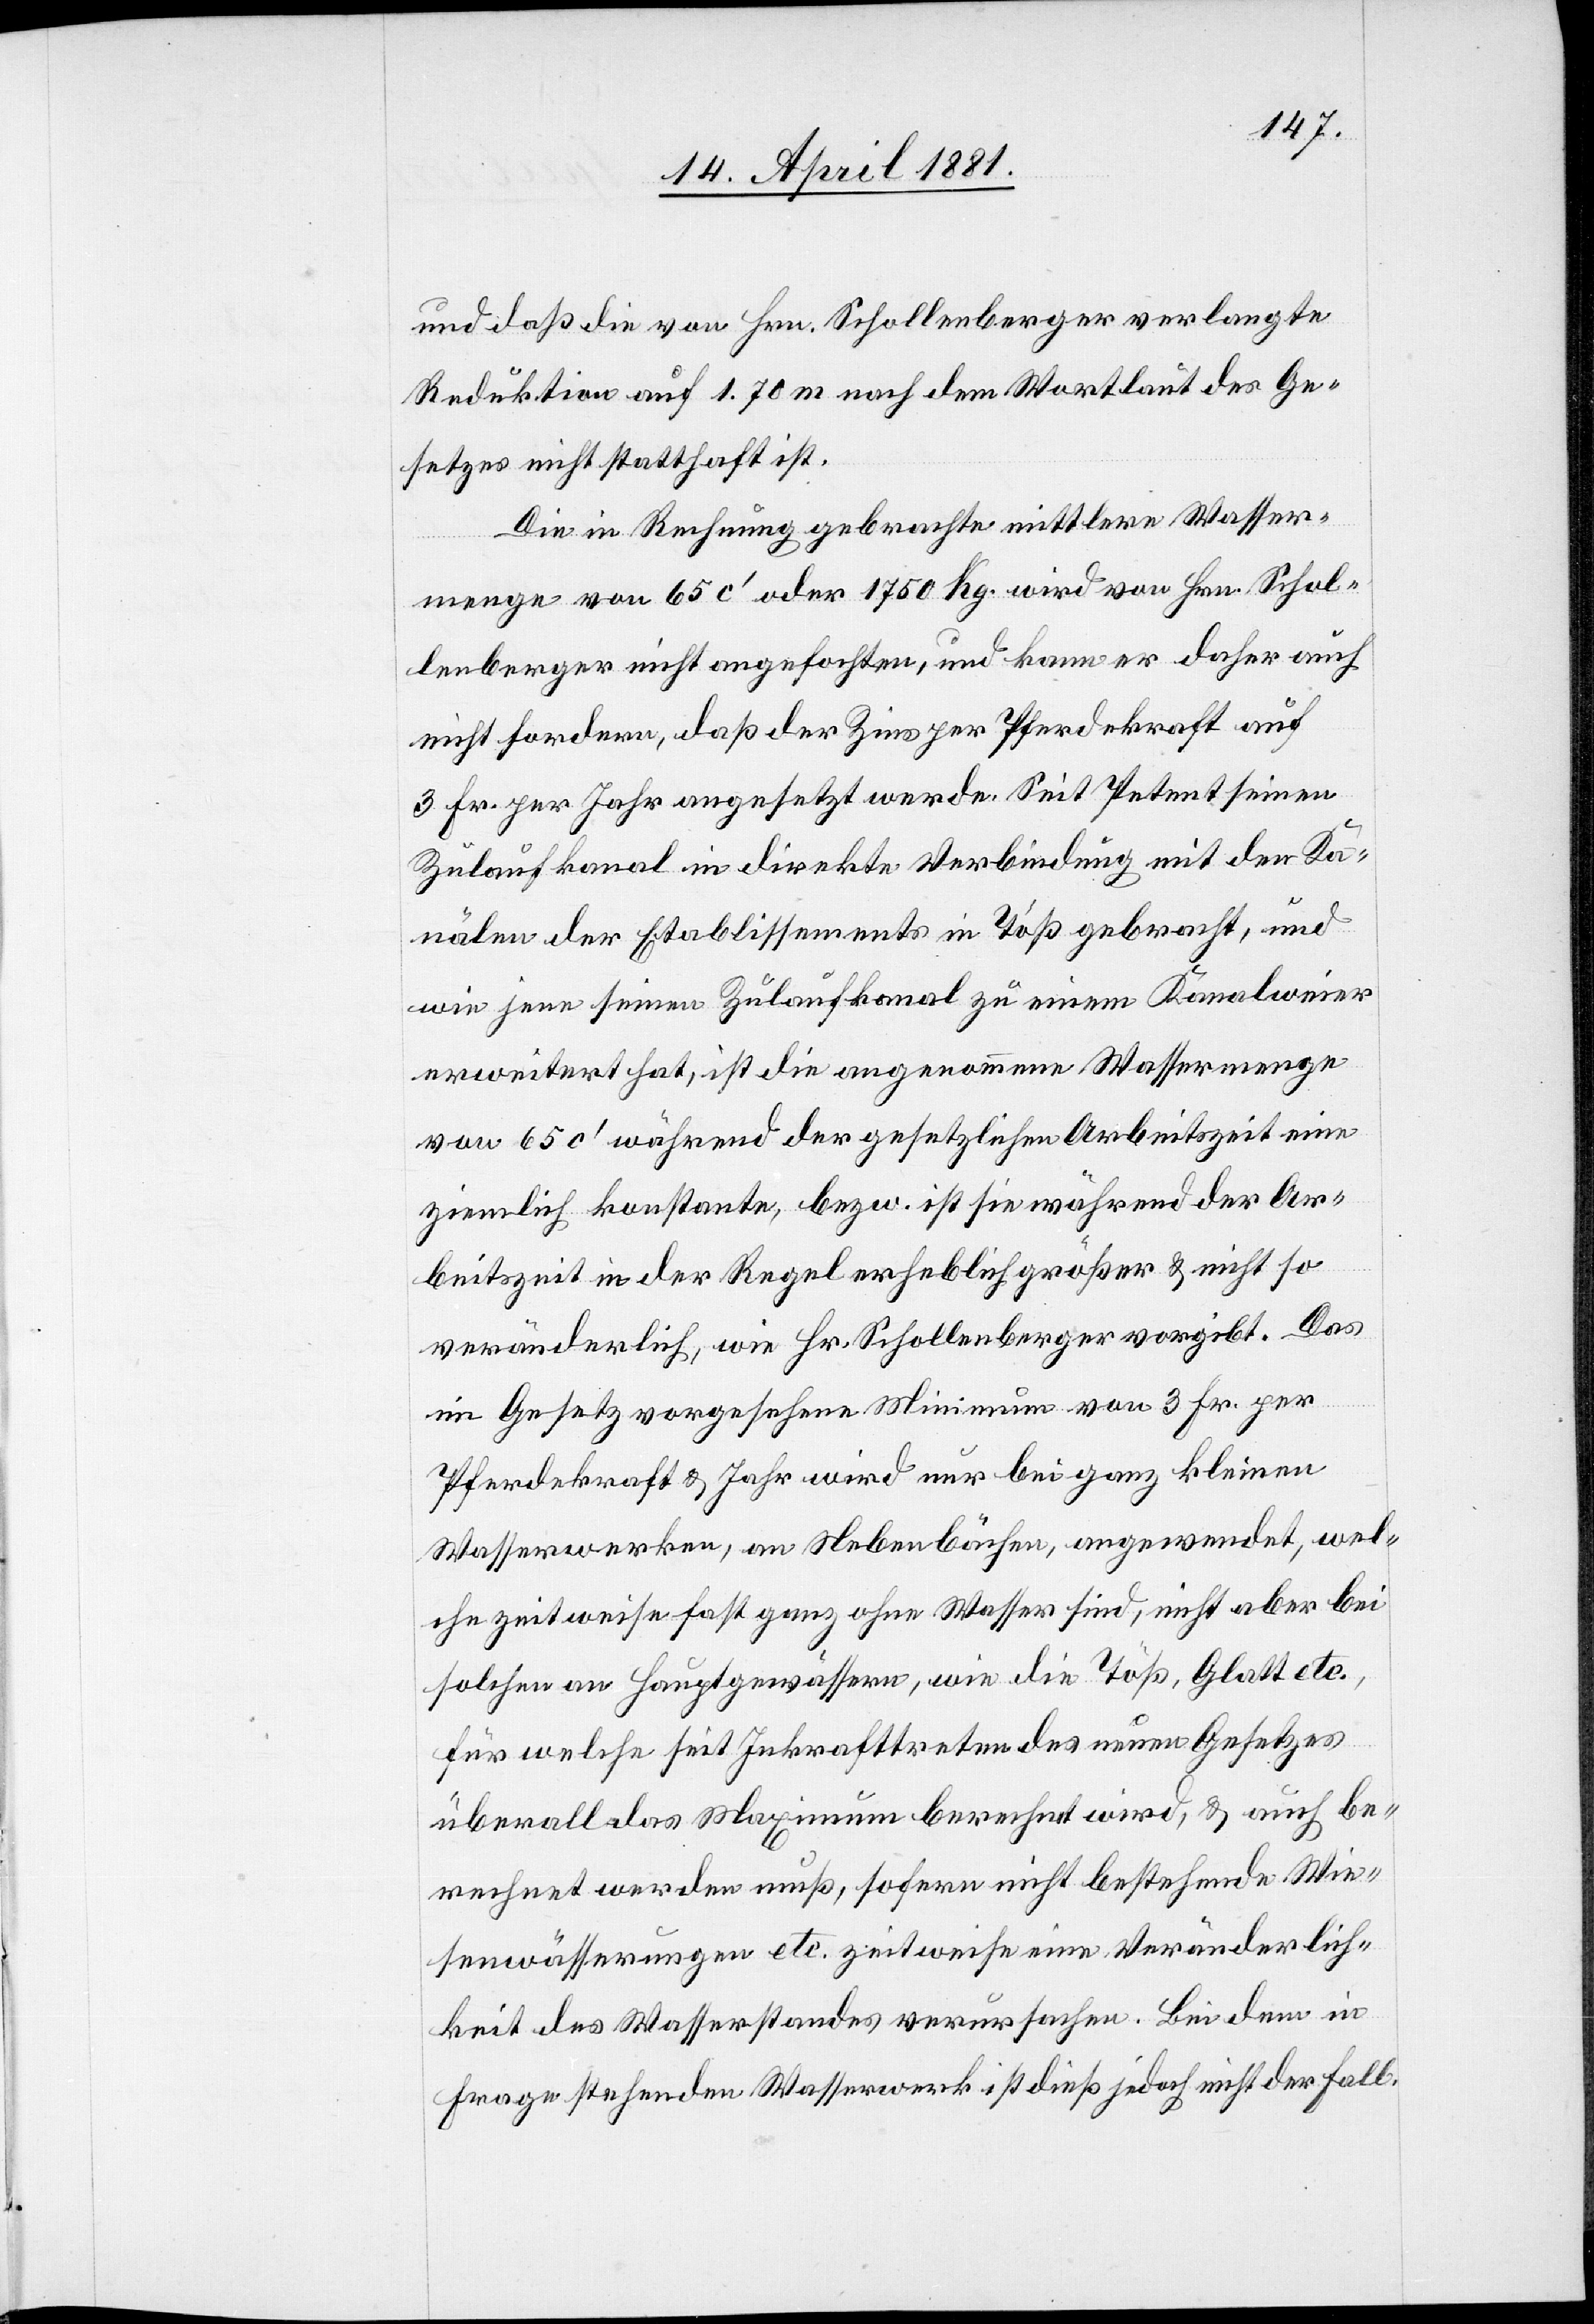
und daß die von Hrn. Schollenberger verlangte
Reduktion auf 1.70 m nach dem Wortlaut des Ge¬
setzes nicht statthaft ist.
Die in Rechnung gebrachte mittlere Wasser¬
menge von 65 c‘ oder 1750 Kg. wird von Hrn. Schol¬
lenberger nicht angefochten, und kann er dafür auch
nicht fordern, daß der Zins per Pferdekraft auf
3 Fr. per Jahr angesetzt werde. Seit Petent seinen
Zulaufkanal in direkte Verbindung mit den Ka¬
nälen der Etablissements in Töß gebracht, und
wie jene seinen Zulaufkanal zu einem Kanalweier
erweitert hat, ist die angenommene Wassermenge
von 65 c‘ während der gesetzlichen Arbeitszeit eine
ziemlich konstante, bezw. ist sie während der Ar¬
beitszeit in der Regel erheblich größer & nicht so
veränderlich, wie Hr. Schollenberger vorgibt. Das
im Gesetz vorgesehene Minimum von 3 Fr. per
Pferdekraft & Jahr wird nur bei ganz kleinen
Wasserwerken, an Nebenbächen, angerechnet, wel¬
che zeitweise fast ganz ohne Wasser sind, nicht aber bei
solchen an Hauptgewässern, wie die Töß, Glatt etc.,
für welche seit Inkrafttreten des einen Gesetzes
überall das Maximum berechnet wird, & auch be¬
rechnet werden muß, sofern nicht bestehende Wie¬
senwässerungen etc. zeitweise eine Veränderlich¬
keit des Wasserstandes verursachen. Bei dem in
Frage stehenden Wasserwerk ist dieß jedoch nicht der Fall.